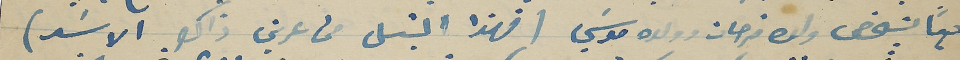
دوماً بشخص ولده فرحات وولده موسَي (فهذا الشبل من عرين ذاك الاسَد)